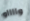
وااااو